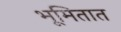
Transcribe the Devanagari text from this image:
भूमितात